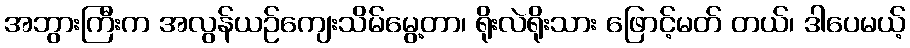
အဘွားကြီးက အလွန်ယဉ်ကျေးသိမ်မွေ့တာ၊ ရိုးလဲရိုးသား ဖြောင့်မတ် တယ်၊ ဒါပေမယ့်